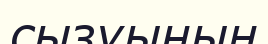
сызуының